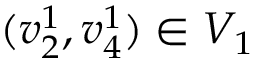
( v _ { 2 } ^ { 1 } , v _ { 4 } ^ { 1 } ) \in V _ { 1 }